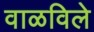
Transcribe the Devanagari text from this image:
वाळविले